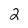
Character: 2